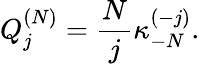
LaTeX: Q_{j}^{(N)}=\frac{N}{j}\kappa_{-N}^{(-j)}.